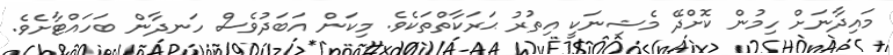
މައިދާނަށް ހިމުން ކޮށްދޭ މެޝިނަކީ އިތުރު ޙަރަކާތްތަކެވެ. މިކަން އަބަދުވެސް ހަނދާން ބަހައްޓާށެވެ.